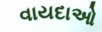
વાયદાઓ